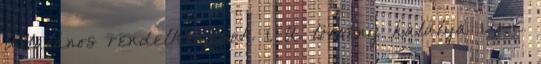
Általános rendelkezések 1. A törvény hatálya 1. 1 E